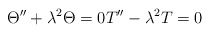
\begin{align*}\begin{aligned}\Theta''+\lambda^2 \Theta=0T''-\lambda^2 T=0\end{aligned}\end{align*}